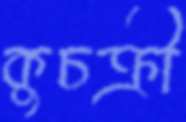
কুচক্রী